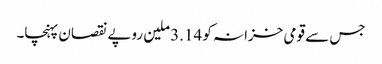
جس سے قومی خزانہ کو 3.14 ملین روپے نقصان پہنچا۔